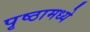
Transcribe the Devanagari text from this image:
पृष्ठामध्ये